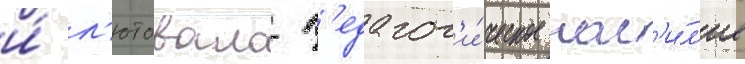
и́ л'ютовало п'едагог'и́ческое нас'и́л'ие